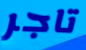
تاجر